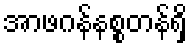
အာဖဂန်နစ္စတန်ရှိ